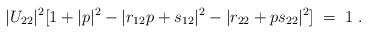
LaTeX: \begin{align*}|U_{22}|^2[1+|p|^2-|r_{12}p+ s_{12}|^2-|r_{22}+p s_{22}|^2]\;=\;1\;.\end{align*}